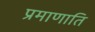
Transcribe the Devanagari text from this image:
प्रमाणाति